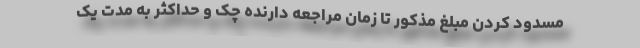
مسدود کردن مبلغ مذکور تا زمان مراجعه دارنده چک و حداکثر به مدت یک